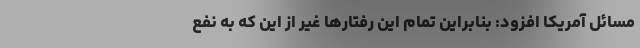
مسائل آمریکا افزود: بنابراین تمام این رفتارها غیر از این که به نفع